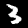
Label: 3